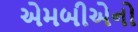
એમબીએનો